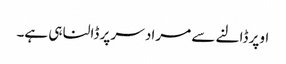
اوپر ڈالنے سے مراد سر پر ڈالنا ہی ہے۔